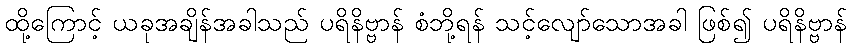
ထို့ကြောင့် ယခုအချိန်အခါသည် ပရိနိဗ္ဗာန် စံဘို့ရန် သင့်လျော်သောအခါ ဖြစ်၍ ပရိနိဗ္ဗာန်